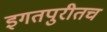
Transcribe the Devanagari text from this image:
इगतपुरीतच